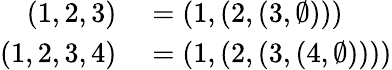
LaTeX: \begin{array}{rl}{(1,2,3)}&{{}=(1,(2,(3,\emptyset)))}\\ {(1,2,3,4)}&{{}=(1,(2,(3,(4,\emptyset))))}\end{array}